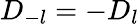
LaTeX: D_{-l}=-D_{l}